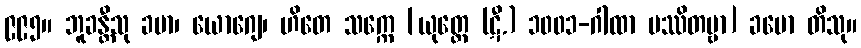
၉၉၅။ ဘူခန္တီသု ခမာ၊ ယောဂျေ၊ ဟိတေ သက္ကေ [ယုတ္တေ (ဋီ.) ၁၀၀၁-ဂါထာ ပဿိတဗ္ဗာ] ခမော တိသု။